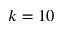
k = 1 0